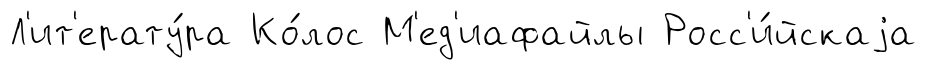
Л'ит'ерату́ра Ко́лос М'ед'иафайлы Росс'и́йскаjа